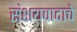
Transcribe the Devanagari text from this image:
संशयवादाचे